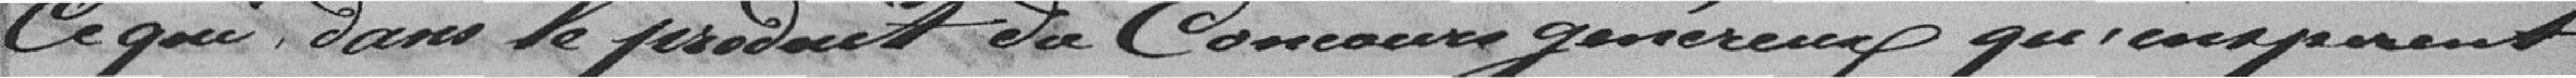
Ce qui Dans le produit du Concours généreux quipment